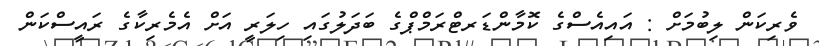
ވެރިކަން ލިބުމަށް : އައިއެސްގެ ކޮމާންޑަރޓްރަމްޕްގެ ބަދަލުގައި ހިލަރީ އަށް އެމެރިކާގެ ރައީސްކަން